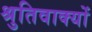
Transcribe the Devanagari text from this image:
श्रुतिवाक्यों